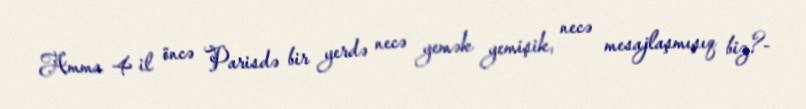
Amma 4 il öncə Parisdə bir yerdə necə yemək yemişik, necə mesajlaşmışıq biz?-